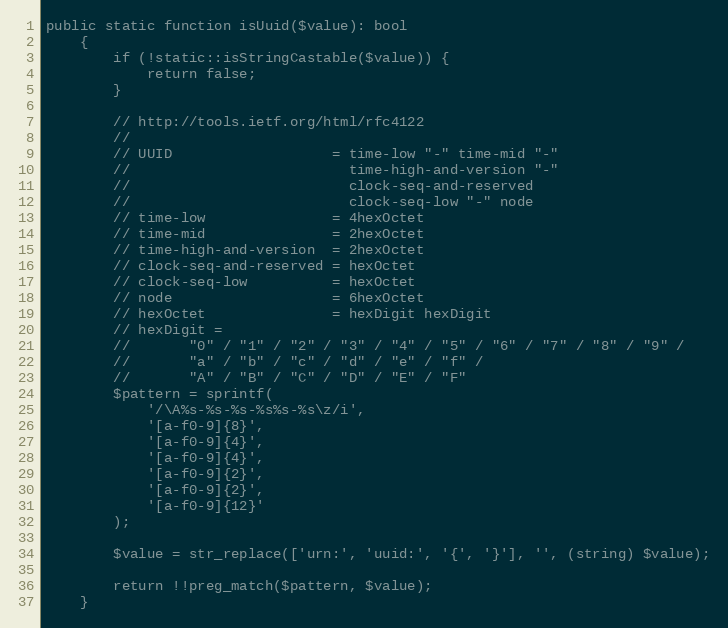
Language: PHP
public static function isUuid($value): bool
    {
        if (!static::isStringCastable($value)) {
            return false;
        }

        // http://tools.ietf.org/html/rfc4122
        //
        // UUID                   = time-low "-" time-mid "-"
        //                          time-high-and-version "-"
        //                          clock-seq-and-reserved
        //                          clock-seq-low "-" node
        // time-low               = 4hexOctet
        // time-mid               = 2hexOctet
        // time-high-and-version  = 2hexOctet
        // clock-seq-and-reserved = hexOctet
        // clock-seq-low          = hexOctet
        // node                   = 6hexOctet
        // hexOctet               = hexDigit hexDigit
        // hexDigit =
        //       "0" / "1" / "2" / "3" / "4" / "5" / "6" / "7" / "8" / "9" /
        //       "a" / "b" / "c" / "d" / "e" / "f" /
        //       "A" / "B" / "C" / "D" / "E" / "F"
        $pattern = sprintf(
            '/\A%s-%s-%s-%s%s-%s\z/i',
            '[a-f0-9]{8}',
            '[a-f0-9]{4}',
            '[a-f0-9]{4}',
            '[a-f0-9]{2}',
            '[a-f0-9]{2}',
            '[a-f0-9]{12}'
        );

        $value = str_replace(['urn:', 'uuid:', '{', '}'], '', (string) $value);

        return !!preg_match($pattern, $value);
    }